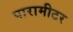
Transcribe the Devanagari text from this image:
पारामीटर